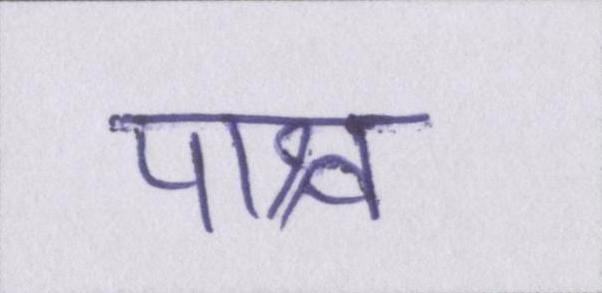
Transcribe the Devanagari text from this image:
पाश्र्व